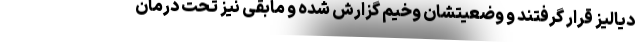
دیالیز قرار گرفتند و وضعیتشان وخیم گزارش شده و مابقی نیز تحت درمان